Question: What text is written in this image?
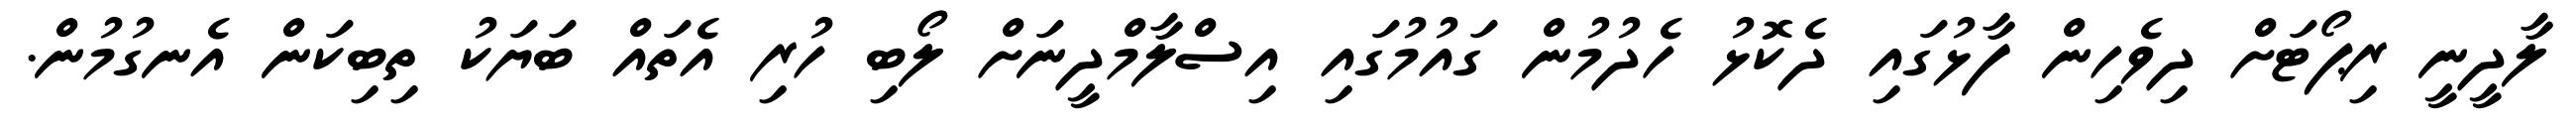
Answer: ލާދީނީ ރިޕޯޓަށް ދިވެހިން ފާޅުގައި ދެކޮޅު ހެދުމުން ގައުމުގައި އިސްލާމްދީނަށް ލޯބި ހުރި އެތައް ބަޔަކު ތިބިކަން އެނގުމުން.